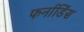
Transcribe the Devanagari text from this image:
फर्नाडिंस